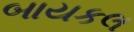
બાયકલ